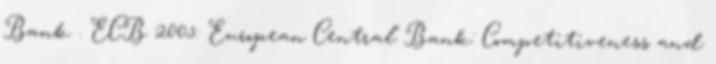
Bank . ECB 2005: European Central Bank: Competitiveness and